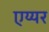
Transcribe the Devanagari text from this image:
एय्यर